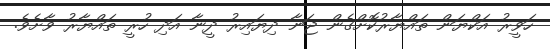
ހަވީރު އަކްޔަން ތައްޔާރުކޮށްގެން ޖަނާ ދިޔައިރު ދީނާ އަދި ހުރީ ތައްޔާރު ވާށެވެ.